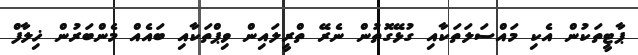
ޕާޓީތަކުން އެކި މައްސަލަތަކާއި ގުޅޭގޮތުން ނެރޭ ތްރީލައިން ވިޕްތަކާއި ބައެއް މެންބަރުން ޚިލާފް